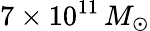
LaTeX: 7\times 10^{11}\, M_{\odot}